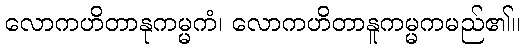
လောကဟိတာနုကမ္မကံ၊ လောကဟိတာနူကမ္မကမည်၏။